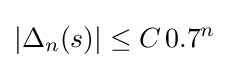
|\Delta _{n}(s)|\leq C\,0.7^{n}~